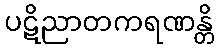
ပဋိညာတကရဏန္တိ